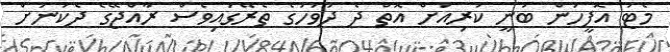
މެޓު އޮފީހުން ބުނީ ކުރިއަށް އޮތް ދެ ދުވަހުގެ ތެރޭގައިވެސް ރާއްޖޭގެ ދެކުނަށް